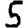
Digit: 5